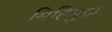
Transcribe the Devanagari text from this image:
मिहिमुख